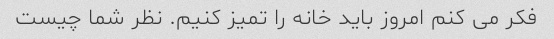
فکر می کنم امروز باید خانه را تمیز کنیم. نظر شما چیست